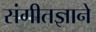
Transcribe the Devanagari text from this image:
संगीतज्ञाने